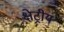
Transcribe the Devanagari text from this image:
क्षेट्रीय